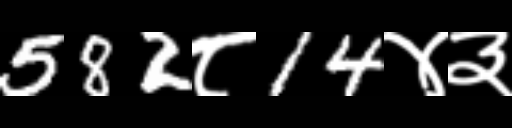
Text: 582८14४३